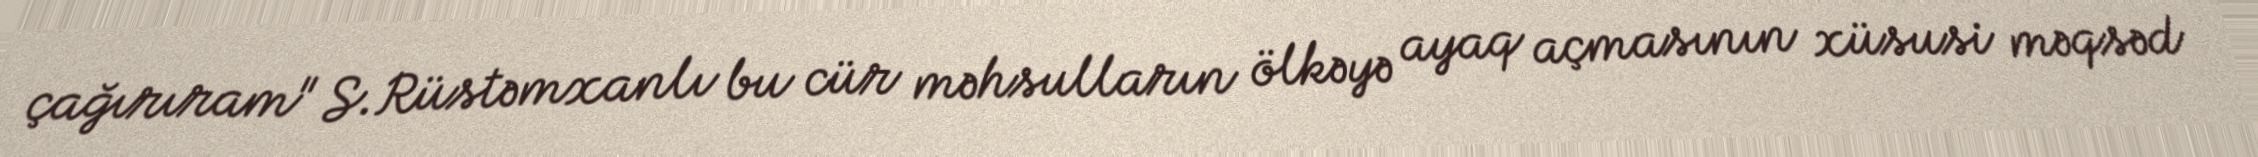
çağırıram" S.Rüstəmxanlı bu cür məhsulların ölkəyə ayaq açmasının xüsusi məqsəd